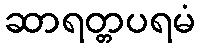
ဆာရတ္တပရမံ